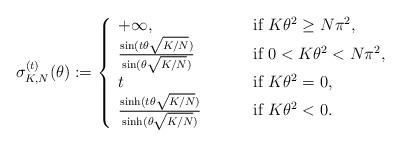
LaTeX: \begin{align*}\sigma^{(t)}_{K,N}(\theta):=\left\{\begin{array}{ll}+\infty,&\qquad\textrm{ if }K\theta^2\geq N\pi^2,\\\frac{\sin(t\theta\sqrt{K/N})}{\sin(\theta\sqrt{K/N})}&\qquad\textrm{ if }0<K\theta^2 <N\pi^2,\\t&\qquad\textrm{ if }K\theta^2=0,\\\frac{\sinh(t\theta\sqrt{K/N})}{\sinh(\theta\sqrt{K/N})}&\qquad\textrm{ if }K\theta^2 <0.\end{array}\right.\end{align*}